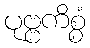
ပုဗ္ဗကိစ္စံ